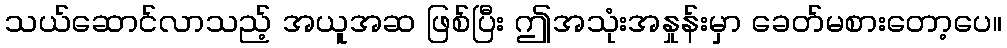
သယ်ဆောင်လာသည့် အယူအဆ ဖြစ်ပြီး ဤအသုံးအနှုန်းမှာ ခေတ်မစားတော့ပေ။